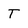
Character: T